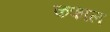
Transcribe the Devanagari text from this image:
कफाल